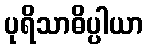
ပုရိသာဓိပ္ပါယာ